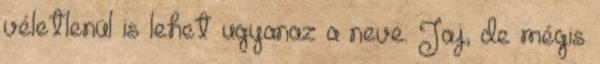
véletlenül is lehet ugyanaz a neve. Jaj, de mégis